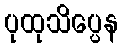
ပုထုသိပ္ပေန